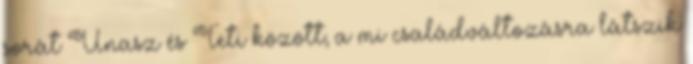
sorát Unasz és Teti között; a mi családváltozásra látszik